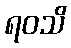
ရဝသိ